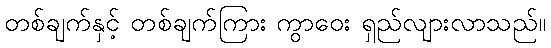
တစ်ချက်နှင့် တစ်ချက်ကြား ကွာဝေး ရှည်လျားလာသည်။